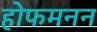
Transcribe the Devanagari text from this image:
होफमनन